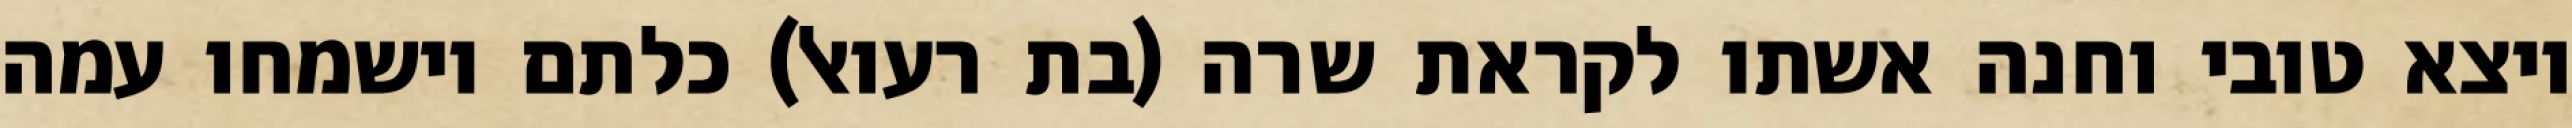
ויצא טובי וחנה אשתו לקראת שרה (בת רעואל) כלתם וישמחו עמה